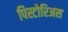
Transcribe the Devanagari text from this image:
पिस्टोरिअस